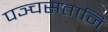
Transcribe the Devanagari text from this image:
पञ्चसतानि